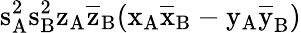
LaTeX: \mathrm{s_{A}^{2}\mathrm{s_{B}^{2}\mathrm{z_{A}\mathrm{\overline{{z}}_{B}(\mathrm{x_{A}\mathrm{\overline{{x}}_{B}-\mathrm{y_{A}\mathrm{\overline{{y}}_{B})}}}}}}}}